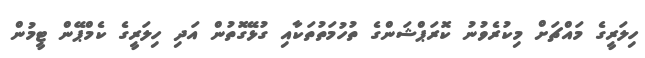
ހިލަރީގެ މައްޗަށް މިކުރެވުނު ކޮރަޕްޝަންގެ ތުހުމަތުތަކާއި ގުޅޭގޮތުން އަދި ހިލަރީގެ ކެމްޕޭން ޓީމުން